Vital statistics of India. Vol. IV, Annual returns from 1871 to 1876. British Army of India, Native Army and jails of Bengal
Year: 1871
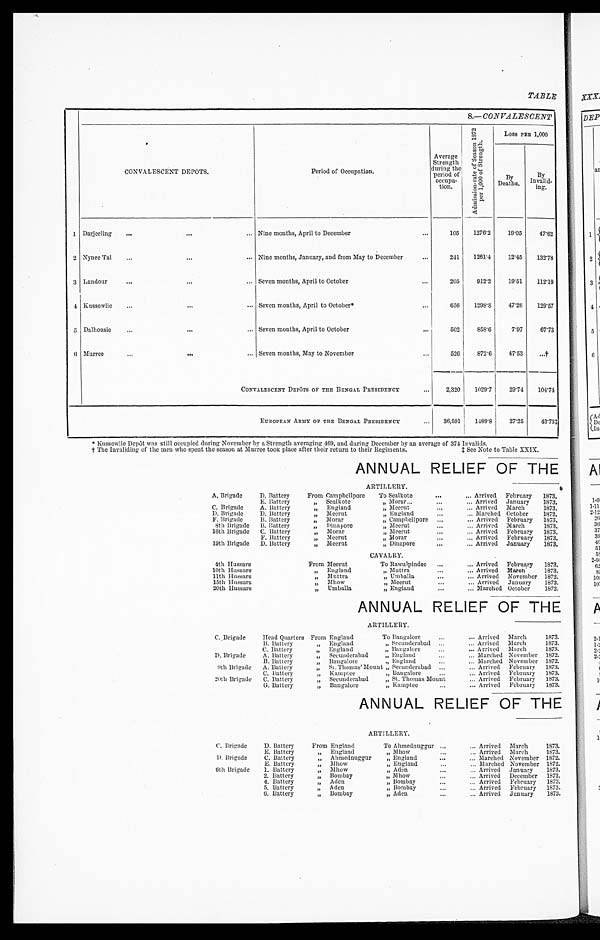
TABLE
8.— CONVALESCENT
CONVALESCENT DEPOTS.
Period of Occupation,
Average
Strength
during the
period of
occupa- tion
A d m i s s i o n - r a t e o f s e a s o n 1 8 7 3 p e r 1 , 0 0 0 o f s t r e n g t h .
Loss PER 1,000
By
Deaths.
By
Inivnalid-ing
1
Darjeeling
...
...
... Nine months, April to December
...
105
1276.2
19.05
47.62
2 Nynee Tal
...
...
... Nine months, January, and from May to December...
2 4 1
1261.4
12.45
132.78
3 Landour
...
...
... Seven months, April to October
205
912.2
19.51
112.19
4 Kussowlie
...
...
... Seven months, April to October*
...
656
1298.8
47.26
129.57
5 Dalhousie
...
...
... Seven months, April to October
...
502
858.6
7.97
67.73
6 Murree
...
...
... Seven months, May to November
...
526
872.6
47.53
. . . †
CONVALESCENT DEPôTS OF THE BENGAL PRESIDENCY
...
2,320 1029.7
29.74
104.74
EUROPEAN ARMY OF THE BENGAL PRESIDENCY
36,591
1489.8 27.25
43.731
*Kussowlie Depôt was still occupied during November by a Strength averaging 469, and during December by an average of 374 Invalids.
† The Invaliding of the men who spent the season at Murree took place after their return to their Regiments. See Note to Table XXIX.
ANNUAL RELIEF OF THE
ARTILLERY.
A. Brigade
D. Battery
From Campbellpore
To Sealkote
. . .
... Arrived February
1873.
E. Battery
,, Sealkote
„ Morar...
... Arrived January
1873.
C. Brigade
A. Battery
,, England
'
„ Meerut
...
... Arrived March
1873.
D.. Brigade
D. Battery
,, Meerut
„ England
... Marched October
1872.
F. Brigade
B. Battery
„ Morar
,, Campbellpore ...
... Arrived February
1873.
8th Brigade
B. Battery
„ Dinapore
„ Meerut
...
... Arrived March
1873.
16th Brigade
C. Battery
If
Morar
„ Meerut
... Arrived February
1873.
F. Battery
If
Meerut
„ Morar...
... Arrived February
1873.
19th Brigade D. Battery
„ Meerut
„ Dinapore
...
... Arrived January
1873.
CAVALRY.
4th Hussars
From Meerut
To Rawulpindee
...
... Arrived February
1873.
10th Hussars
„ England
„ M uttra...
... Arrived March
1873.
11th Hussars
„ Muttra
„ Umballa
... Arrived November 1872.
15th lIussars
„ Billow
„ Meerut
... Arrived January
1873.
20th Hussars
„ Umballa
„ England...
... Marched October
1872.
ANNUAL RELIEF OF THE
ARTILLERY.
C. Brigade
Head Quarters From England
T o B a n g a l o r e . . .
... Arrived March
1873.
B. Battery
„ England
„ Seeunderabad ...
... Arrived March
1873.
C. Battery
England
„ Bangalore...
... Arrived M arch
1873.
D. Brigade
A. Bat tery
„
Secunderabad
„ England.
... Marched November 1872.
B. Battery
„
Bangalore
,, England
... Marched November 1872.
9th Brigade
A. Battery
„
St. Thomas' Mount Secunderabad
. . . Arrived February
1873.
C. Battery
„
Kampteè
„ Bangalore...
... Arrived February
1873.
20th Brigade
C. Battery
33
Secunderabad
St. Thomas Mount
... Arrived February
1873.
G. Battery
,, Bangalore
,, Kamptee...
... Arrived February
1873.
ANNUAL RELIEF OF THE
ARTILLERY.
C. Brigade
D. Battery
From England
To Ahmednuggur ...
... Arrived March
1873.
E. Battery
„ England
„ Mhow
... Arrived March
1873.
D. Brigade
C. Battery
„ Ahmednuggur
„ England
...
... Marched November 1872.
E. Battery
„ Mhow
„ England
... Marched November 1872.
6th Brigade
1. Battery
„ Mhow
„ Aden...
... Arrived January
1873.
2. Battery
„ Bombay
„ Mhow...
... Arrived December 1872.
4. Battery
„ Aden
„ Bombay...
... Arrived February
1873.
5. Battery
„ Aden
„ Bombay...
... Arrived February
1873.
6. Battery
„ Bombay
„ Aden...
... Arrived January
1873.